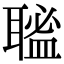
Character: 𦗃